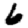
Digit: 6